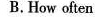
B.How often